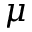
\mu